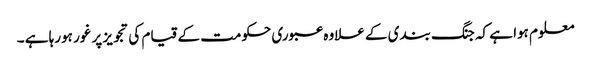
معلوم ہوا ہے کہ جنگ بندی کے علاوہ عبوری حکومت کے قیام کی تجویز پر غور ہورہا ہے ۔